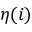
\eta ( i )